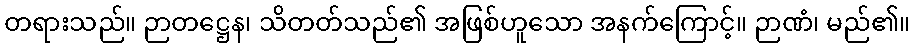
တရားသည်။ ဉာတဋ္ဌေန၊ သိတတ်သည်၏ အဖြစ်ဟူသော အနက်ကြောင့်။ ဉာဏံ၊ မည်၏။